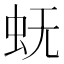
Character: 𰲫